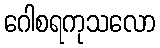
ဂေါစရကုသလော